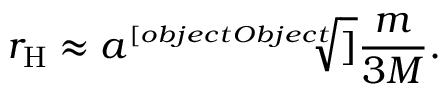
r _ { \mathrm { H } } \approx a { \sqrt [ [object Object] ] { \frac { m } { 3 M } } } .